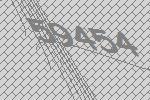
59454